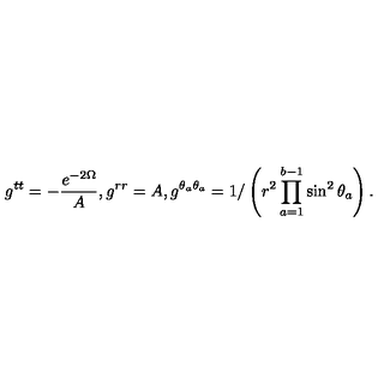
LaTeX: g ^ { t t } = - \frac { e ^ { - 2 \Omega } } { A } , g ^ { r r } = A , g ^ { \theta _ { a } \theta _ { a } } = 1 / \left( r ^ { 2 } \prod _ { a = 1 } ^ { b - 1 } \sin ^ { 2 } \theta _ { a } \right) .